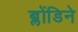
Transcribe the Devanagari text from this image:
ब्लोंडिने